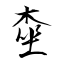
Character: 桽